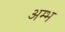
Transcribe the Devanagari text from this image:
अम्भ